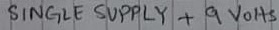
Text: SINGLE SUPPLY +9VOLTS